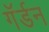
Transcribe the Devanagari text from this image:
गॅर्डन